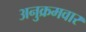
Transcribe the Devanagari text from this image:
अनुक्रमवार